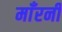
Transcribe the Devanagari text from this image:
माँरनी